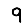
Digit: 9